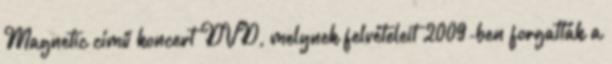
Magnetic című koncert DVD, melynek felvételeit 2009-ben forgatták a